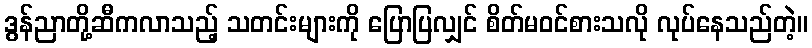
ဒွန်ညာတို့ဆီကလာသည့် သတင်းများကို ပြောပြလျှင် စိတ်မဝင်စားသလို လုပ်နေသည်တဲ့။